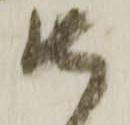
御